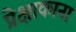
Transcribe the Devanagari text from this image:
प्रेक्षाकाना